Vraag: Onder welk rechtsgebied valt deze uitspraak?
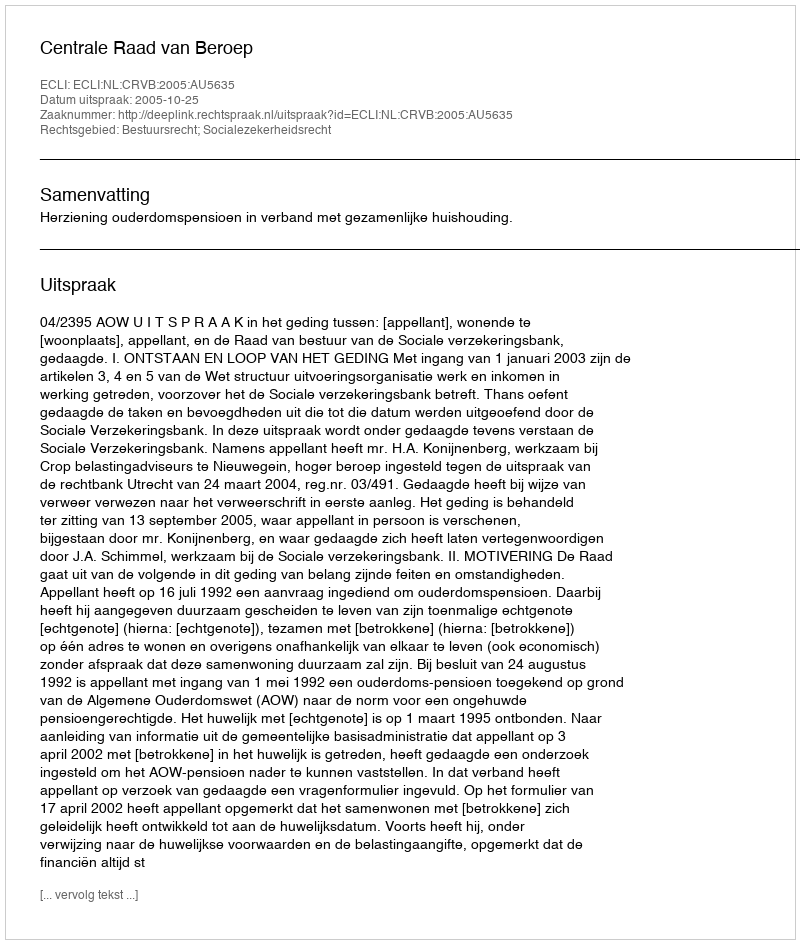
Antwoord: Bestuursrecht; Socialezekerheidsrecht